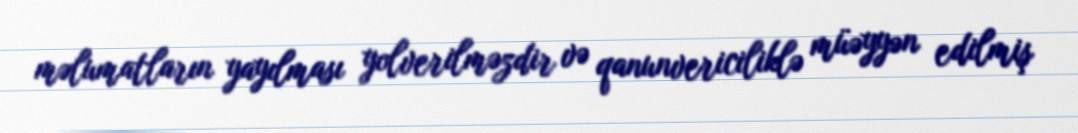
məlumatların yayılması yolverilməzdir və qanunvericiliklə müəyyən edilmiş